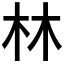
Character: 林